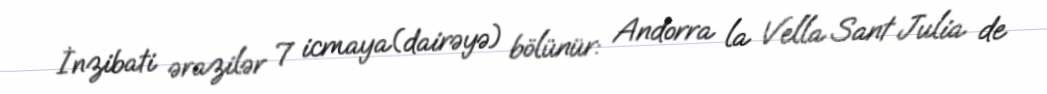
İnzibati ərazilər 7 icmaya(dairəyə) bölünür: Andorra la Vella Sant Julia de